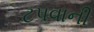
ટપવાની